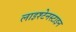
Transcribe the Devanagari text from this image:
लाइश्टेनस्टाइन